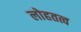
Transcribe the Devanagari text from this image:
लोहतत्व